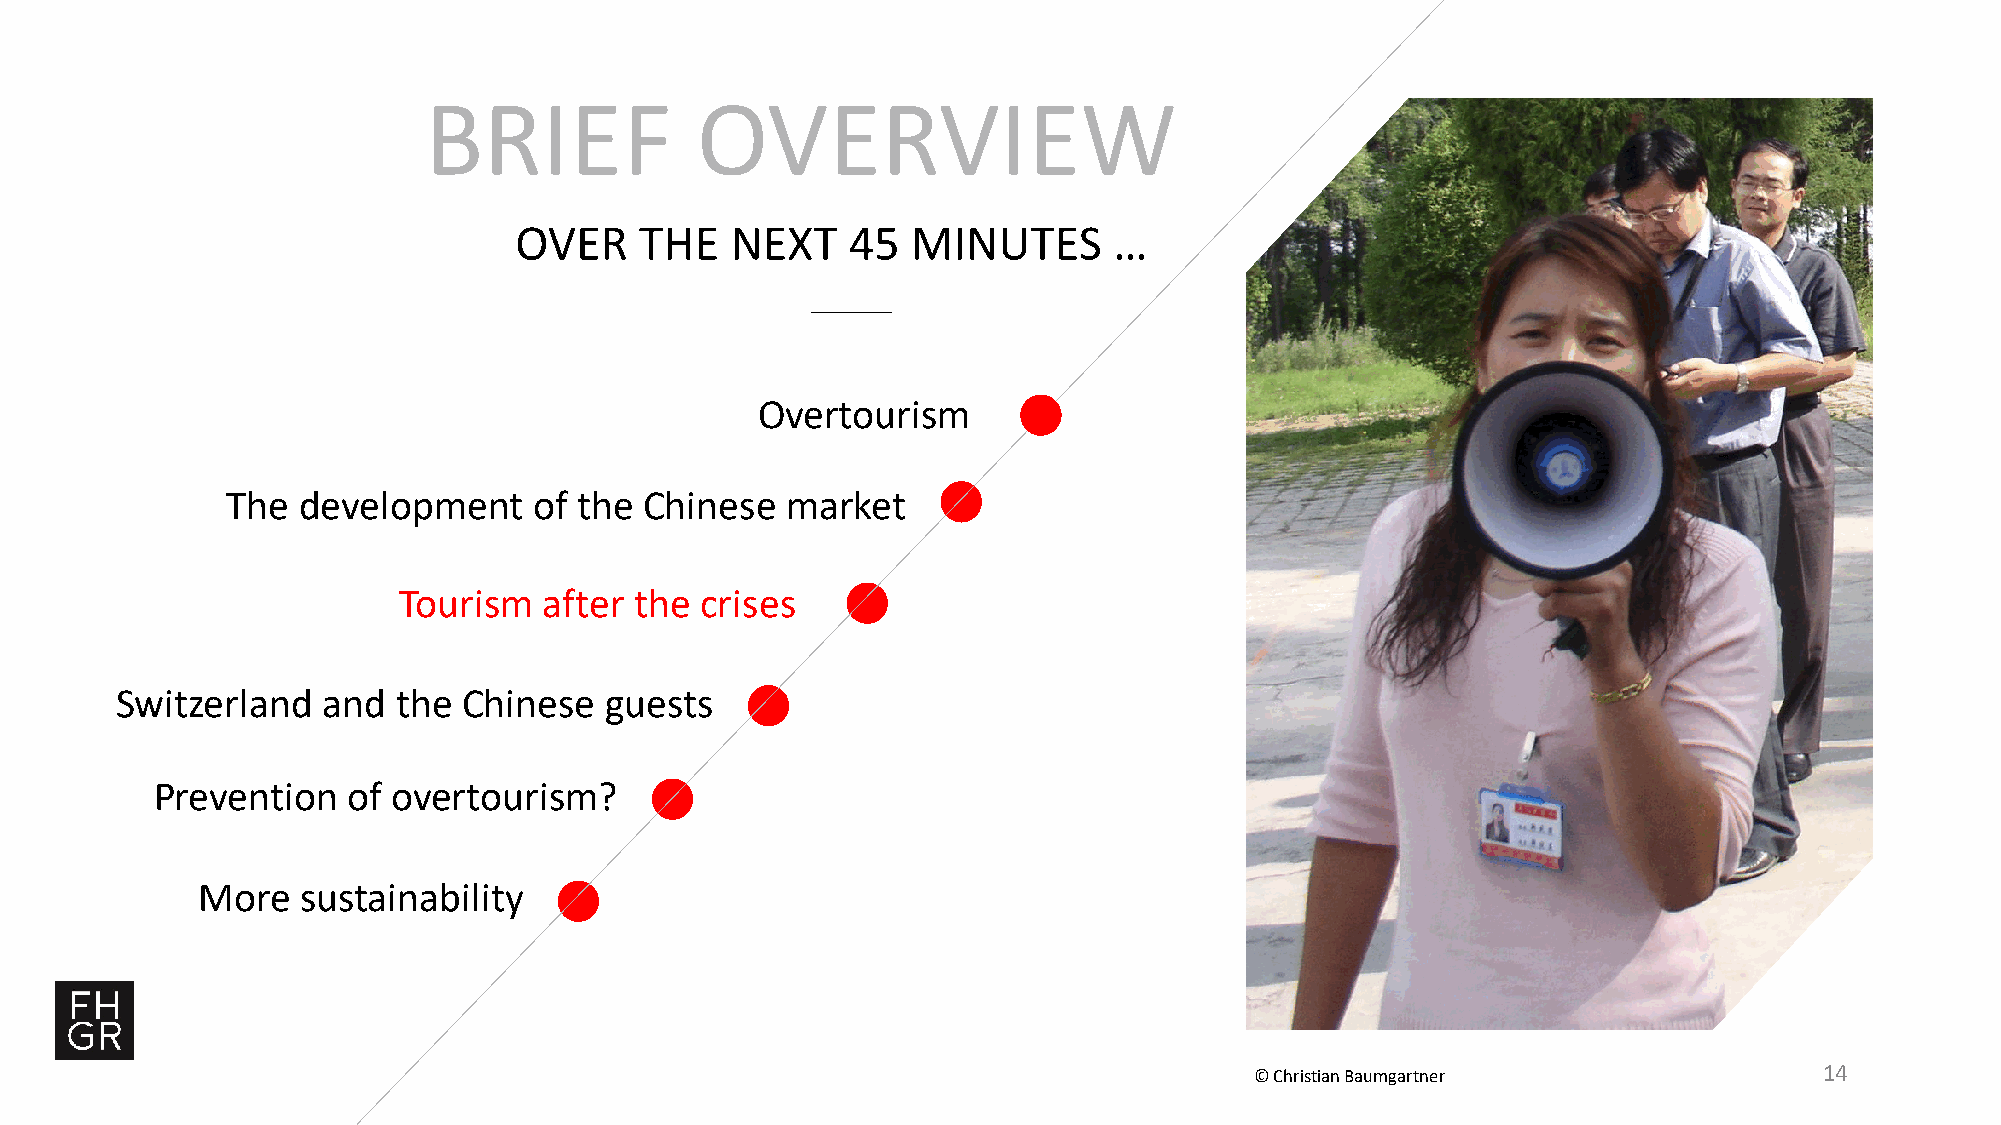
BRIEF             OVERVIEW
 OVER    THE   NEXT    45  MINUTES       …
 Overtourism
 The  development    of the  Chinese  market
 Tourism   after the crises
 Switzerland  and  the  Chinese  guests
 Prevention   of overtourism?
 More   sustainability
 © Christian Baumgartner               14